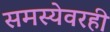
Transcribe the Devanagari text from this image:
समस्येवरही